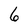
Character: 6